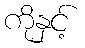
ကိုနှင့်